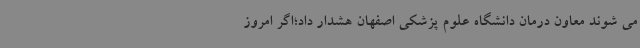
می شوند معاون درمان دانشگاه علوم پزشکی اصفهان هشدار داد؛اگر امروز